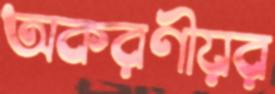
অকরণীয়র